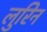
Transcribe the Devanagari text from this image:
लुरिन